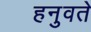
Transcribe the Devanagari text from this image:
हनुवते